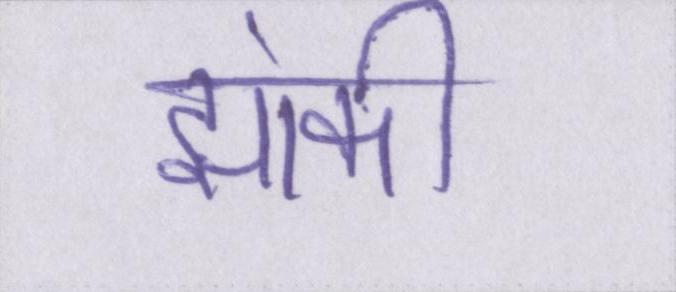
झांकी